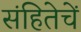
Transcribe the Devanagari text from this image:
संहितेचें